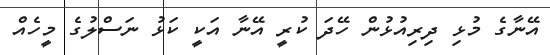
އޭނާގެ މުޅި ދިރިއުޅުން ހޭދަ ކުރީ އޭނާ އަކީ ކަޅު ނަސްލުގެ މީހެއް